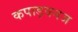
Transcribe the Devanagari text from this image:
कपाड़वनज